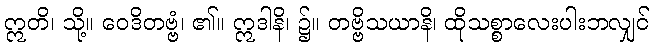
ဣတိ၊ သို့။ ဝေဒိတဗ္ဗံ၊ ၏။ ဣဒါနိ၊ ၌။ တဗ္ဗိသယာနိ၊ ထိုသစ္စာလေးပါးဘလျှင်